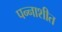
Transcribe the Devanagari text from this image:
पन्‍नाशीत